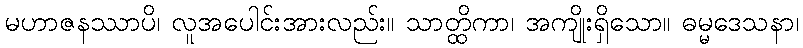
မဟာဇနဿာပိ၊ လူအပေါင်းအားလည်း။ သာတ္ထိကာ၊ အကျိုးရှိသော။ ဓမ္မဒေသနာ၊